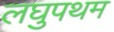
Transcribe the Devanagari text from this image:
लघुपथम